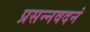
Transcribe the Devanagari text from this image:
प्रसन्नवदनं